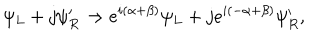
\psi _ { L } + j \psi _ { R } ^ { \prime } \to e ^ { i ( \alpha + \beta ) } \psi _ { L } + j e ^ { i ( - \alpha + \beta ) } \psi _ { R } ^ { \prime } ,